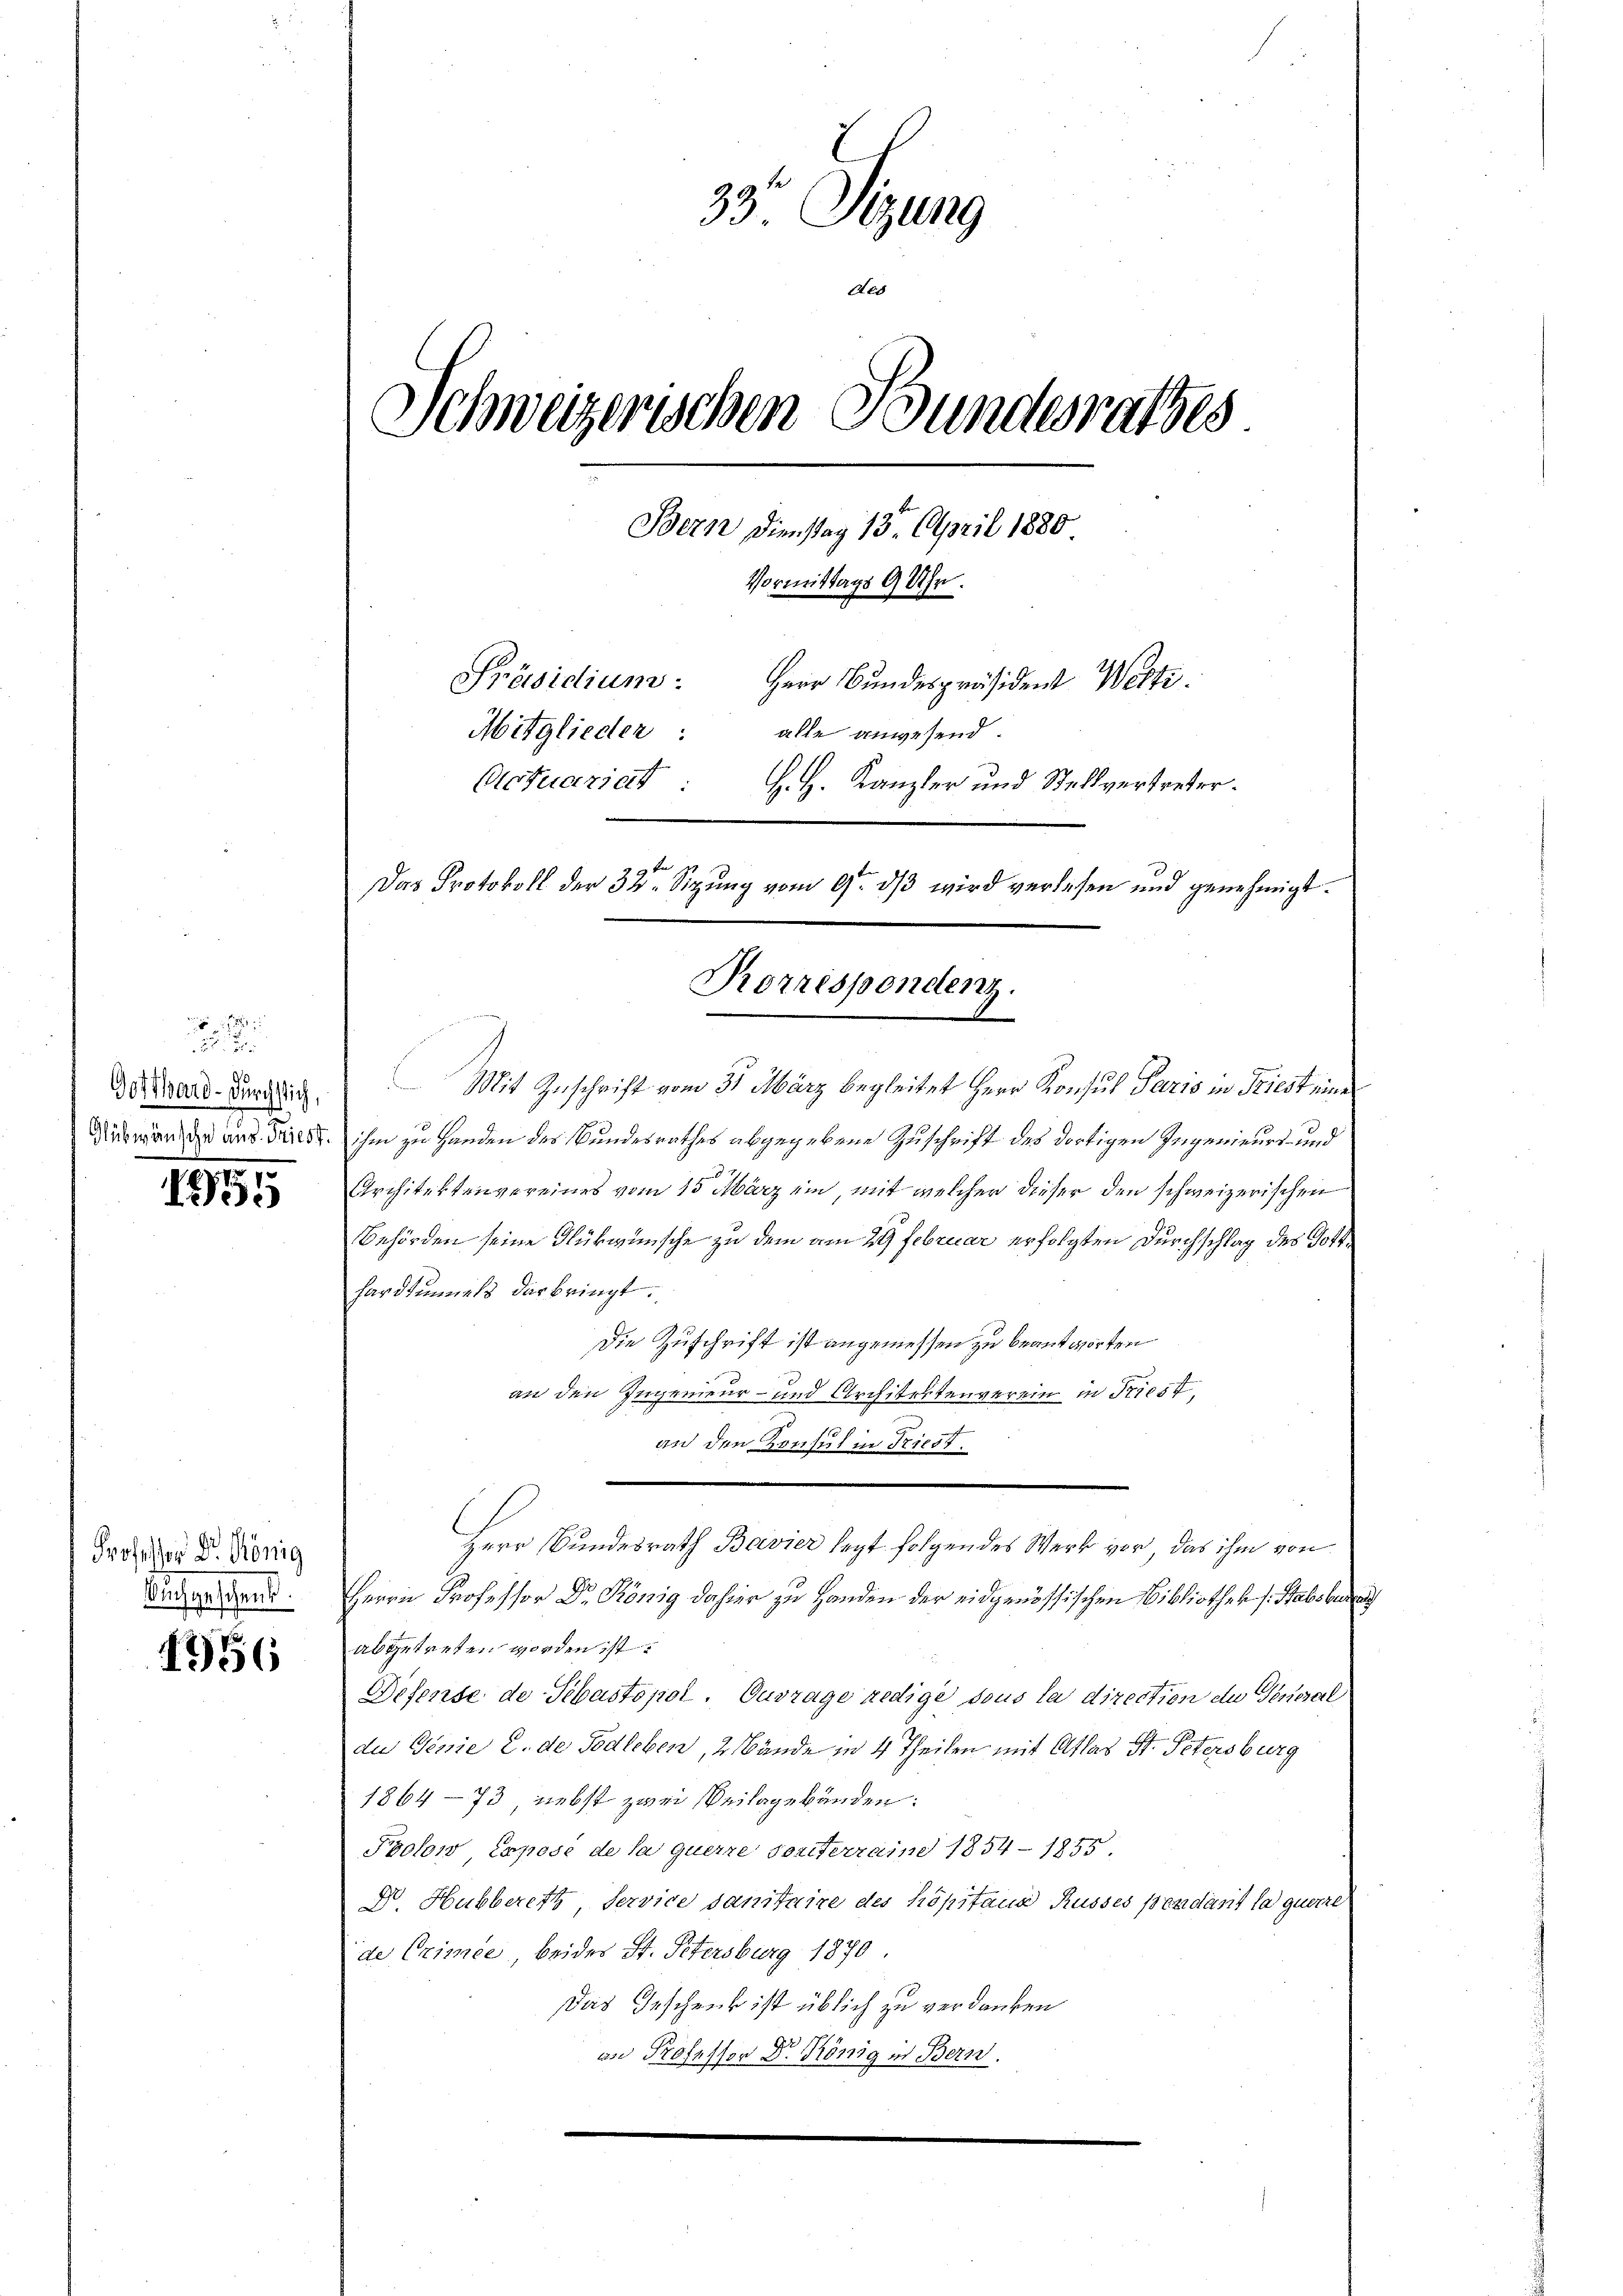
Wo
Gotthard-Durchstich,

1255

Professor Dr. König
Buch geschend.

1956

33. Sitzung
des
Schweizerischen Bundesrathes
Bern Dienstag 13. April 1880
Vormittags 9 Uhr.
Präsidium.
Herr Bundespräsident Welti.
Mitglieder:
alle anwesend.
Actuariat
H. H. Kanzler und Stellvertreter.
Das Protokoll der 32 Sizung vom 9ten dß wird verlesen und genehmigt.

Mit Zuschrift vom 31. März begleitet Herr Konsul Paris in Kriest eine
diess man die aus Triest, ihm zu Handen des Bundesrathes abgegebene Zuschrift des dortigen Ingenieurs- und
Architektenvereines vom 15. März ein, mit welcher dieser den schweizerischen
Behörden seine Glükwünsche zu dem am 29 Februar erfolgten Durchschlag des Gotthardtunnels darbringt.
Die Zuschrift ist angemessen zu beantworten
an den Ingenieur- und Architektenverein in Friest,
an den Konsul in Triest.
Herr Bundesrath Bavier legt folgendes Werk vor, das ihm von
Herrn Professor Dr. König dahier zu Handen der eidgenössischen Bibliothek sStabsbureau
abgetreten worden ist.
Defense de Sebastopol. Ouvrage redige sous la direction des Veneral
du Genie C. de Todleben, 2 Bände in 4 Theilen mit Atlas St. Petersburg
1864–73, nebst zwei Seilagebänden:
Prolow, Exposé de la querre sonsterraine 1854 - 1855.
D. Hubberetz, Service sanitaire des Köpitaus Russes pendant la querre
de Crimée, beides St. Petersburg 1870.
Das Geschenk ist üblich zu verdanken
an Professor Dr. König in Bern.

Rorrespondenz.